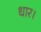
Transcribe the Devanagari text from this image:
धार।